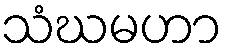
သံဃမဟာ